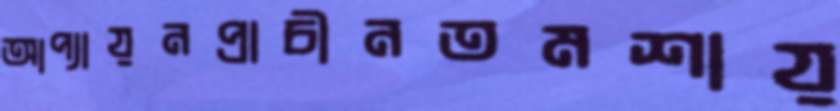
আপ্যায়নপ্রাচীনতমশায়